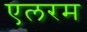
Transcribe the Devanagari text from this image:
एलरम